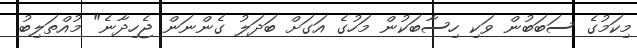
މިކަމުގެ ސަބަބުން ވަކި ހިސާބަކުން މަހުގެ އަގަށް ބަދަލު ގެންނަން ޖެހިދާނެ" މުއްތަލިބު